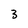
Character: 3